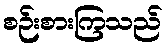
စဉ်းစားကြသည်